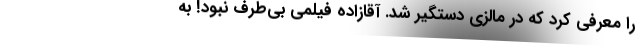
را معرفی کرد که در مالزی دستگیر شد. آقازاده فیلمی بی‌طرف نبود! به